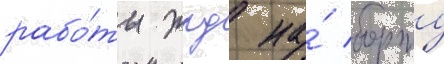
рабо́ты жрд на́ борту